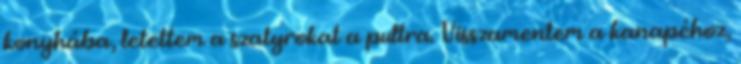
konyhába, letettem a szatyrokat a pultra. Visszamentem a kanapéhoz,